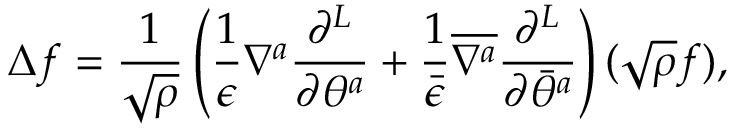
\Delta f = \frac { 1 } { \sqrt \rho } \left( \frac { 1 } { \epsilon } \nabla ^ { a } \frac { \partial ^ { L } } { \partial \theta ^ { a } } + \frac { 1 } { \bar { \epsilon } } { \overline { { { \nabla ^ { a } } } } } \frac { \partial ^ { L } } { \partial { \bar { \theta } } ^ { a } } \right) ( \sqrt \rho f ) ,